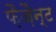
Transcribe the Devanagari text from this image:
फ़ैज़ैन्ट